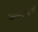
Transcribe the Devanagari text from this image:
लगाए।इसी